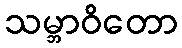
သမ္ဘာဝိတော